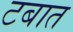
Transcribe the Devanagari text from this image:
टबात